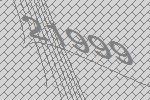
21999